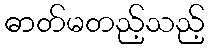
ဓာတ်မတည့်သည့်